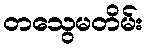
တသွေမတိမ်း